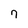
Character: 7